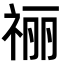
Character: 𫀌